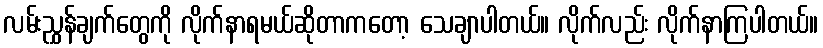
လမ်းညွှန်ချက်တွေကို လိုက်နာရမယ်ဆိုတာကတော့ သေချာပါတယ်။ လိုက်လည်း လိုက်နာကြပါတယ်။